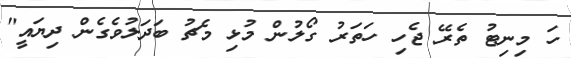
ހަ މިނިޓު ތެރޭ ޖެހި ހަތަރު ގޯލުން މުޅި މެޗު ބަދަލުވެގެން ދިޔައީ"